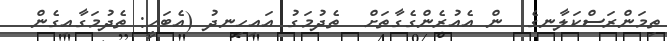
ތިމަންރަސްކަލާނގެ  ން އެއުރެންގެގާތަށް  ތެދުމަގު އައިހިނދު (އެބަހީ: ތެދުމަގާއިގެން